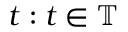
t : t \in \mathbb { T }